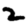
Digit: 2